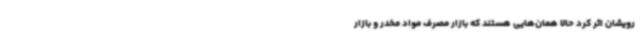
رویشان اثر کرد حالا همان‌هایی هستند که بازار مصرف مواد مخدر و بازار